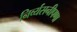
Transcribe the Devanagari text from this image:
निर्व्यसनीपणा